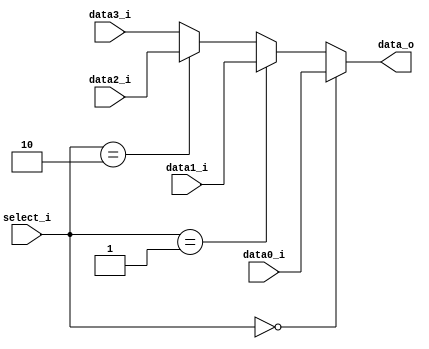
`timescale 1ns / 1ps
//////////////////////////////////////////////////////////////////////////////////
// Company: 
// Engineer: 
// 
// Design Name: 
// Module Name:    MUX_4to1 
// Project Name: 
// Target Devices: 
// Tool versions: 
// Description: 
//
// Dependencies: 
//
// Revision: 
// Revision 0.01 - File Created
// Additional Comments: 
//
//////////////////////////////////////////////////////////////////////////////////
module MUX_4to1(
    data_o,
    select_i,
	 data0_i,
    data1_i,
	 data2_i,
    data3_i
    );
parameter size = 0;

input [size-1:0] data0_i;
input [size-1:0] data1_i;
input [size-1:0] data2_i;
input [size-1:0] data3_i;
output [size-1:0] data_o;
input [1:0] select_i;

assign data_o = (select_i == 0) ? data0_i : ((select_i == 1) ? data1_i : ((select_i == 2) ? data2_i : data3_i) );

endmodule